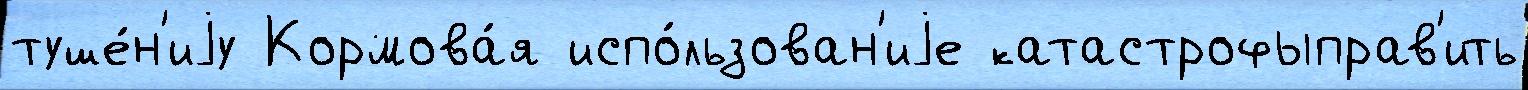
туше́н'иjу Кормова́я испо́льзован'иjе катастрофыправ'ить